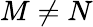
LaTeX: M\ne N